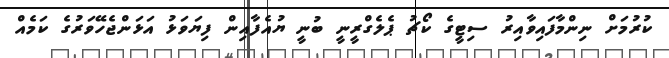
ކުރުމަށް ނިންމާފައިވާއިރު ސިޓީގެ ކޯޗު ޕެލެގްރީނީ ބުނީ ޔުއެފާއިން ފިޔަވަޅު އަޅަންޖެހޭވަރުގެ ކަމެއް